King Institute of Preventive Medicine Micro-Biological Section reports 1912-19
Year: 1912
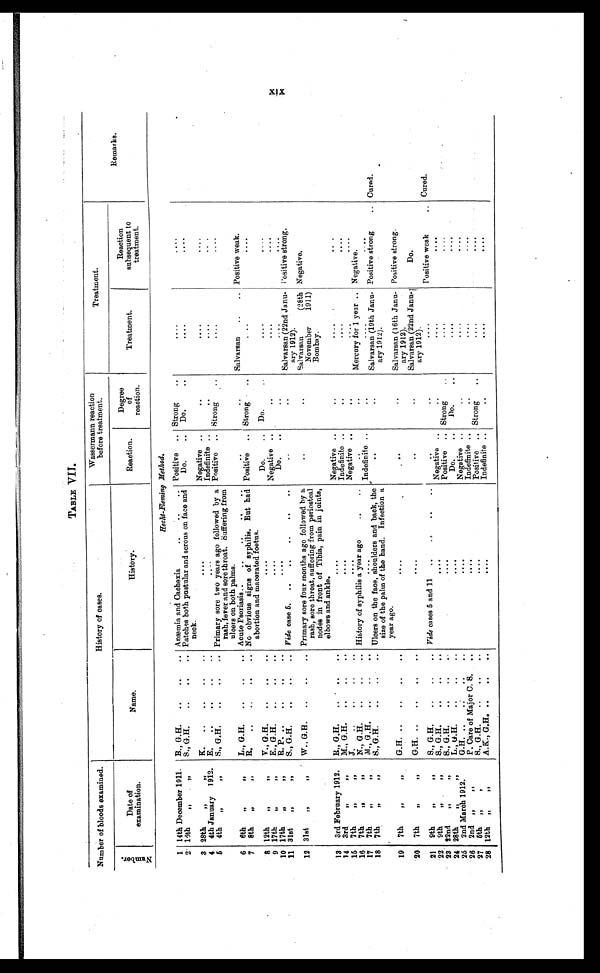
TABLE VII.
Number of bloods examined.
History of cases
Wassermann reaction
before treatment.
Treatment.
N u m b e r .
Date of
examination.
N a m e .
Hi story.
Reaction.
Degree
of
reaction.
Treatment.
Reaction
subsequent to
treatment.
Remarks.
Hecht-Fleming Method.
1 14th December 1911.
B., G.H.. . . Anæmia and Cachexia
. . . Positive
. . . Strong . . .
. . .
. . .
2 16th " "
S., G.H. . . . Patches both pustular and serous on face and
neck.
D o . . . .
Do. . . .
. . .
. . .
3 28th " "
K. . . .
. . .
Negative . . .
. . .
. . .
. . .
4 4th January 1912. E. . . .
. . .
Indefinite . . .
. . .
. . .
. . .
5 4th " "
S., G.H. . . . Primary sore two years ago followed by a
rash, fever and sore throat. Suffering from
ulcers on both palms.
Positive . . . Strong . . .
. . .
. . .
6
6th " "
L., G.H. . . . Acute Psoriasis . . .
. . .
. . .
Salvarsan . . . Positive weak. . . .
7 8th " "
R. . . . No obvious signs of syphilis. But had
abortion and macerated foetus.
Positive . . . Strong . . .
. . .
. . .
8 12th" "
V., G.H. . . .
. . .
Do.. . .
Do. . . .
. . .
. . .
9 17th" "
E., G.H. . . .
. . .
Negative . . .
. . .
. . .
. . .
10 17th " "
R. P. . . .
. . .
Do. . . .
. . .
. . .
. . .
11 31st " "
S., G.H. . . .
Vide case 5 .
.
.
.
. . .
. . .
Salvarsan (22nd Janu-
ary 1912).
Positive strong.
12 31st " "
W., G.H. . . . Primary sore four months ago followed by a
rash, sore throat, suffering from periosteal
nodes in front of Tibia, pain in joints,
elbows and ankle.
. . .
. . .
Salvarsan
(28th
November
1911)
Bombay.
Negative.
13
3rd February 1912,
R., G.H. . . .
. . .
Negative . . .
. . .
. . .
. . .
14
3rd " "
M . , G . H . . . .
. . .
Indefinite . . .
. . .
. . .
. . .
15
7th " "
J . . . .
. . .
Negative . . .
. . .
. . .
. . .
16
7th " "
N., G.H. . . . History of syphilis a year ago . . .
. . .
. . .
Mercury for 1 year . . . Negative.
17 7th " "
M., G.H. . . .
. . .
Indefinite . . .
. . .
. . .
. . .
18
7th " "
S . , G . H . . . .
Ulcers on the face, shoulders and back, the
size of the palm of the hand. Infection a
year ago.
. .
. .
Salvarsan (19th Janu-
ary 1912).
Positive strong . . .
Cured.
19
7th " "
G . H . . . .
. . .
. . .
. . .
Salvarsan (16th Janu-
ary 1912).
Positive strong.
20
7th " "
G.H. . . .
. . .
. . .
. . .
Salvarsan (22nd Janu-
ary 1912).
Do.
21
9th " "
S., G.H. . . .
Vide cases 5 and 11 . . .
. . .
. . .
. . . Positive weak . . .
Cured.
22
9th " "
S., G.H. . . .
. . . Negative . . .
. . .
. . .
. . .
23 22nd " "
S., G.H. . . .
. . .
Positive . . . S t r o n g . . .
. . .
. . .
24 28th " "
L . , G . H . . . .
. . .
Do. . . .
Do. . . .
. . .
. . .
25
2nd March 1912.
G.H. . . .
. . .
Negative . . .
. . .
. . .
. . .
26 2nd " "
P. Care of Major C. S. . . .
. . .
Indefinite . . .
. . .
. . .
. . .
27
5th " "
S. G.H. . . .
. . .
Positive . . . Strong . . .
. . .
. . .
28 12th " "
A:K .,
G . H.
. . .
. . .
Indefinite . . .
. . .
. . .
. . .